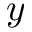
y